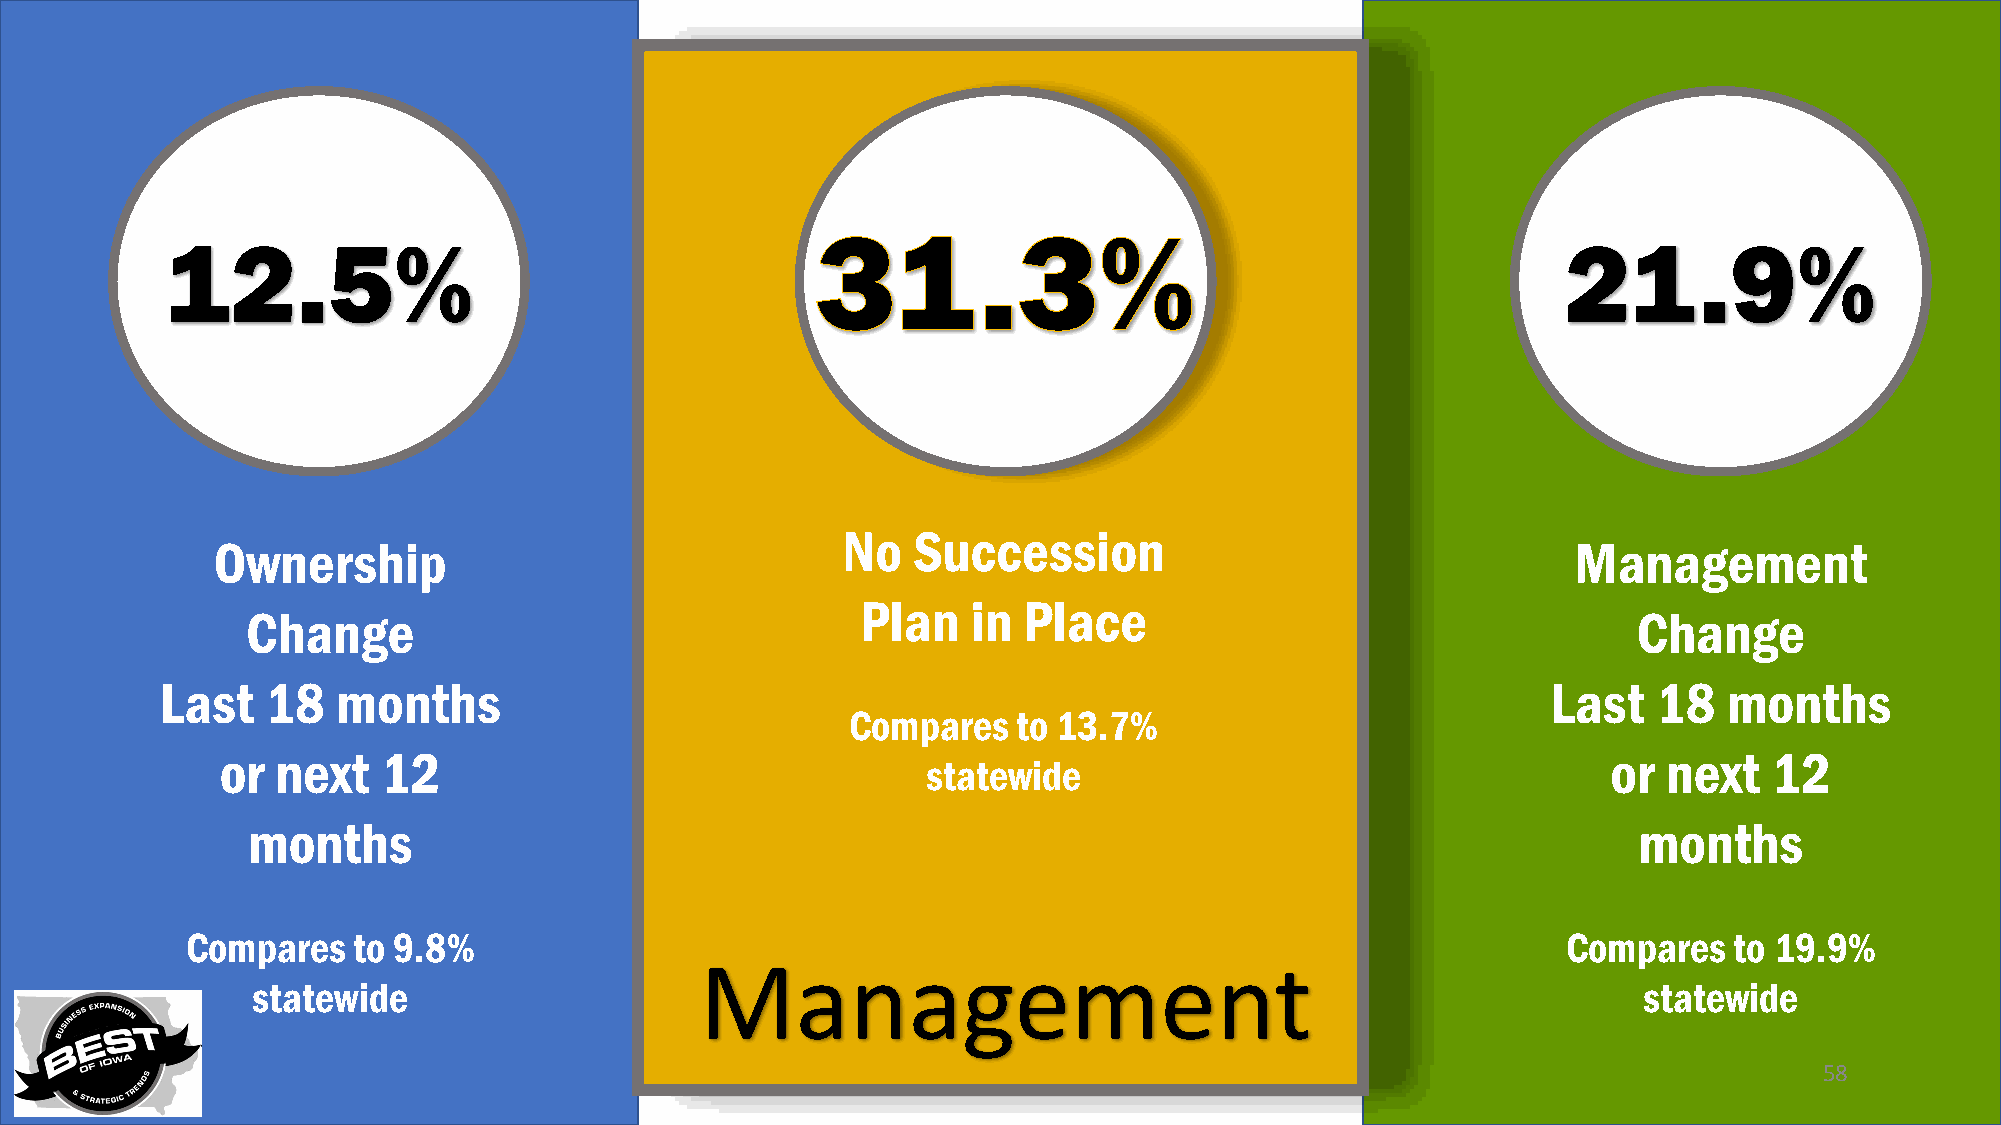
12.5%                                                                                        21.9%
 No  Succession
 Ownership                                                                                 Management
 Plan   in  Place
 Change                                                                                      Change
 Last   18  months                                                                           Last   18  months
 Compares   to 13.7%
 or next   12                                                                                or next   12
 statewide
 months                                                                                      months
 Compares   to 9.8%                                                                          Compares   to 19.9%
 Management
 statewide                                                                                   statewide
 58